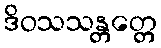
ဒိဝသသန္တတ္တေ